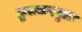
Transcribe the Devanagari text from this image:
कृतकरपुटः